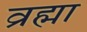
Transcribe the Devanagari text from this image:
व्रह्मा